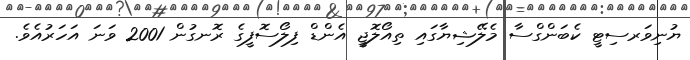
ޔުނިވަރސިޓީ ކެބަންގްސާ މެލޭޝިޔާގައި ތިއޯލޮޖީ އެންޑް ފިލޯސޮފީގެ ރޮނގުން 2001 ވަނަ އަހަރުއެވެ.